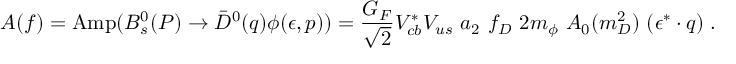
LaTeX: A ( f ) = \mathrm { A m p } ( B _ { s } ^ { 0 } ( P ) \to \bar { D } ^ { 0 } ( q ) \phi ( \epsilon , p ) ) = \frac { G _ { F } } { \sqrt 2 } V _ { c b } ^ { * } V _ { u s } ~ a _ { 2 } ~ f _ { D } ~ 2 m _ { \phi } ~ A _ { 0 } ( m _ { D } ^ { 2 } ) ~ ( \epsilon ^ { * } \cdot q ) \; .